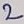
Text: 2